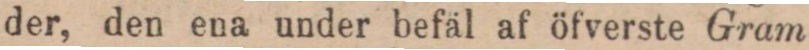
der, den ena under befäl af öfverste Gram